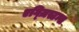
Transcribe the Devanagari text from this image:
एग्ज़िस्टन्स